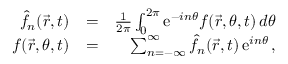
\begin{array} { r l r } { \hat { f } _ { n } ( \vec { r } , t ) } & { = } & { { \frac { 1 } { 2 \pi } } \int _ { 0 } ^ { 2 \pi } \mathrm { e } ^ { - i n \theta } f ( \vec { r } , \theta , t ) \, d \theta } \\ { f ( \vec { r } , \theta , t ) } & { = } & { \sum _ { n = - \infty } ^ { \infty } \hat { f } _ { n } ( \vec { r } , t ) \, \mathrm { e } ^ { i n \theta } \, , } \end{array}